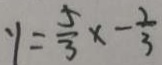
y = \frac { 5 } { 3 } x - \frac { 2 } { 3 }